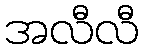
အလီလီ